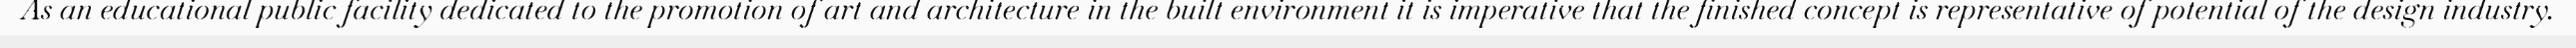
As an educational public facility dedicated to the promotion of art and architecture in the built environment it is imperative that the finished concept is representative of potential of the design industry.